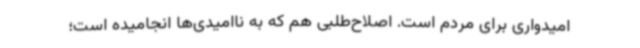
امیدواری برای مردم است. اصلاح‌طلبی هم که به ناامیدی‌ها انجامیده است؛